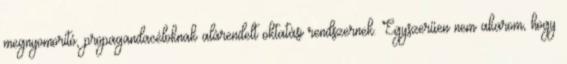
megnyomorító, propagandacéloknak alárendelt oktatási rendszernek. Egyszerűen nem akarom, hogy